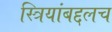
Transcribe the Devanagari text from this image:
स्त्रियांबद्दलच